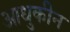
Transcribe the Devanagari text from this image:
आधुकीन